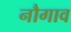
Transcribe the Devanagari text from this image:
नौगाव